Report on horse surra - Volume II, Part II
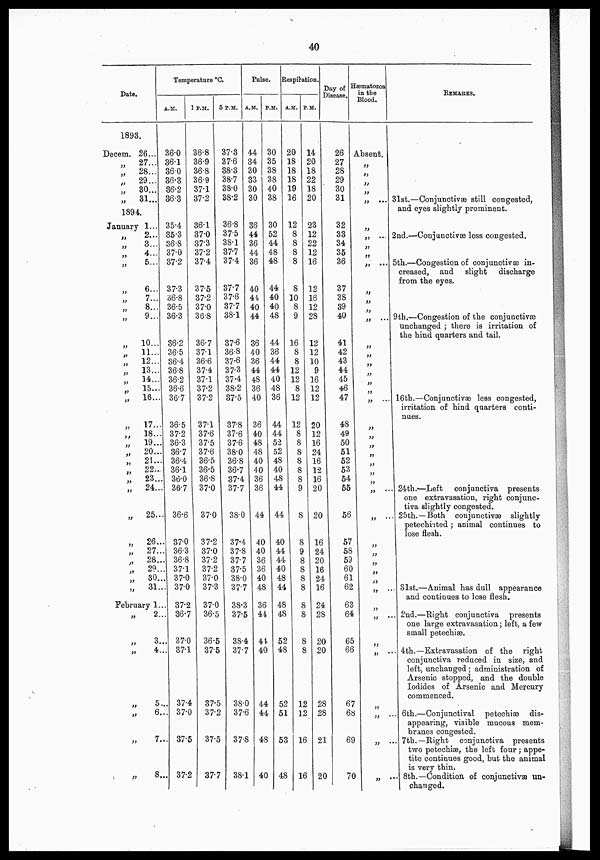
40
Date.
1893
Decern.
„
„
„
January
„
„
„
„
„
„
„
„
„
„
„
„
„
„
„
„
„
„
„
„
„
„
„
„
„
„
„
„
26...
27...
28...
29...
30...
31...
1...
2...
3...
4...
5...
6...
7...
8...
9...
10...
11...
12...
13...
14...
Temperature °C.
A.M.
36.0
36.1
36.0
36.3
36.2
36.3
35.4
35.3
36.8
37.0
37.2
37.3
36.8
36.5
36.3
36.2
36.5
36.4
36.8
36.2
15... 36.6
16...
17...
18...
19...
20...
21...
22...
23...
24...
25...
26...
27...
28...
29...
30...
31...
February 1...
„
„
„
„
„
„
„
2...
3...
4...
5...
6...
7...
8...
36.7
36.5
37.2
36.3
36.7
36.4
36.1
| 36.0
36.7
1 P.M.
36.8
36.9
36.8
36.9
371
37.2
36.1
370
37.3
37.2
37.4
37.5
37.2
37.0
36.8
36.7
37.1
36.6
37.4
37.1
37.2
37.2
37.1
37.6
37.5
37.6
36.5
36.5
36.8
37.0
36.6
37.0
37.0
36.3
36.8
37.1
37.0
370
37.2
36.7
37.0
37.1
37.4
37.0
37..5
37.2
37.2
37.0
37.2
37.2
37.0
37.3
37.0
36.5
36.5
375
37.5
37.2
37.5
377
5 P.M.
37.3
37.6
38.3
38.7
38.0
38.2
36.8
37.5
38.1
37.7
37.4
37.7
37.6
37.7
38.1
37.6
36.8
37.6
37.3
37.4
38.2
37.5
37.8
37.6
37.6
38.0
36.8
36.7
37.4
37.7
38.0
37.4
37.8
37.7
37.5
38.0
37.7
38.3
37.5
38.4
37.7
38.0
37.6
37.8
38.1
Pulse.
A.M.
44
34
30
33
30
30
36
44
36
44
36
40
44
40
44
36
40
36
44
48
36
40
36
40
48
48
40
40
36
36
44
40
40
36
P.M.
30
35
38
38
40
38
30
52
44
48
48
44
40
40
48
44
36
44
44
40
48
36
44
44
52
52
48
40
48
44
44
40
44
44
36 40
40 48
48
36
44
44
40
44
44
48
40
44
48
48
52
48
52
51
53
48
Respiration.
A.M.
20
18
18
18
19
16
12
8
8
8
8
8
10
8
9
16
8
8
12
12
8
12
12
8
8
8
8
8
8
9
8
P.M.
14
20
18
22
18
20
23
12
22
12
16
12
16
12
28
12
12
10
9
16
12
12
20
12
16
24
16
12
16
20
20
8 16
9 24
8 20
8 16
8
8
8
8
8
8
12
12
16
16
24
16
24
28
20
20
28
28
21
20
Day of
Disease.
26
27
28
29
30
31
32
33
34
35
36
37
38
39
40
41
42
43
44
45
46
47
48
49
50
51
52
53
54
55
56
57
58
59
60
61
62
63
64
65
66
67
68
69
70
Hæmatozoa
in the
Blood.
Absent.
„
„
„
„ ...
„
„ ...
„
„ ...
„ ...
„
„
„
„
„
„
„
„
„
„
„
„
„
"
„
„
„
„
„
„
„
"
„
„
„
„
„
„
„
REMARKS.
31st.—Conjunctivæ still congested,
and eyes slightly prominent.
2nd.—Conjunctivæ less congested.
5th.—Congestion of conjunctivæ in-
creased, and slight
discharge
from the eyes.
9 th,—Congestion of the conjunctivæ
unchanged ; there is irritation of
the hind quarters and tail.
16th.—Conjunctivas less congested,
irritation of hind quarters conti-
nues.
24 th.—Left
conjunctiva presents
one extravasation, right conjunc-
tiva slightly congested.
25th.—Both conjunctivæ slightly
petechiated; animal continues to
lose flesh.
31st.—Animal has dull appearance
and continues to lose flesh.
2nd.—Right conjunctiva presents
one large extravasation; left, a few
small petechiæ.
4 th.—Extravasation of the right
conjunctiva reduced in size, and
left, unchanged ; administration of
Arsenic stopped, and the double
Iodides of Arsenic and Mercury
commenced.
6th.—Conjunctival petechias dis-
appearing, visible mucous mem-
branes congested.
7th.—Right conjunctiva presents
two petechiæ, the left four; appe-
tite continues good, but the animal
is very thin.
8th.—Condition of conjunctivæ un-
changed.